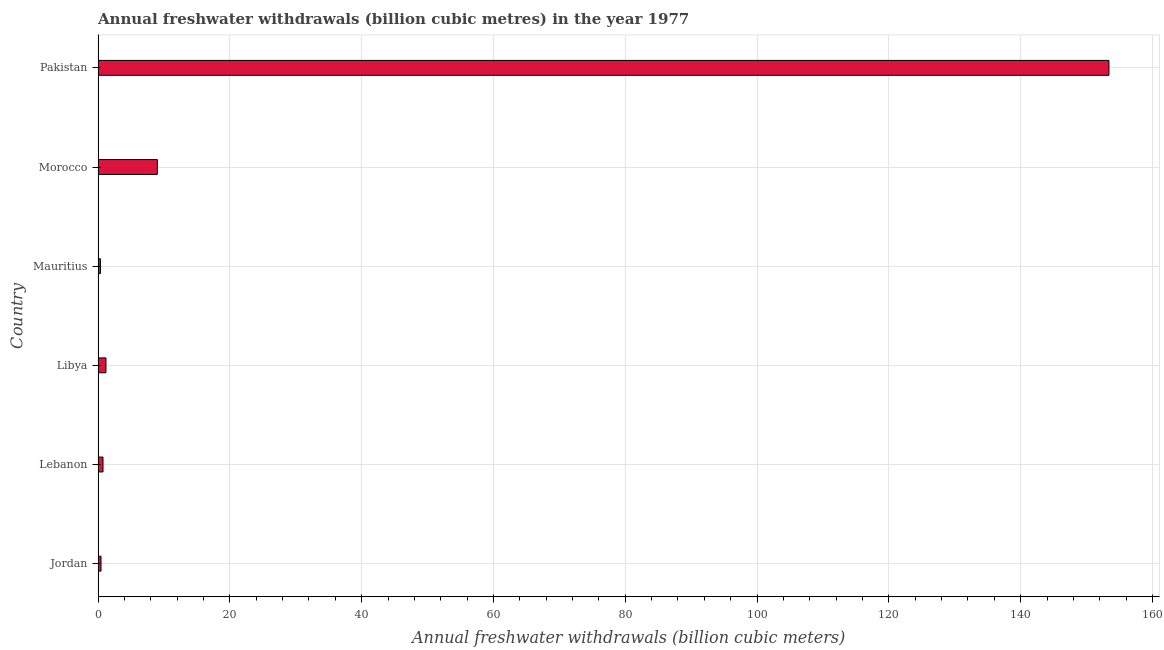
| Country | Annual freshwater withdrawals |
 | --- | --- |
 | Jordan | 0.451 |
 | Lebanon | 0.751 |
 | Libya | 1.2 |
 | Mauritius | 0.36 |
 | Morocco | 9 |
 | Pakistan | 153 |